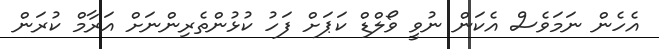
އެހެން ނަމަވެސް އެކަން ނުވީ ވޯލްޑް ކަޕަށް ފަހު ކުޅުންތެރިންނަށް އަރާމް ކުރަން